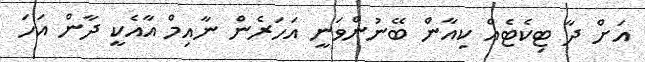
އަށް ދާ ޓިކެޓެއް ކިއާން ބޭނުންވަނީ އަހަރެން ނާއިމް އާއެކީ ދާން އަހަ